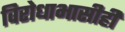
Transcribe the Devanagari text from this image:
विरोधाभासीही